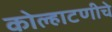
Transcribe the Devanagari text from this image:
कोल्हाटणीचे